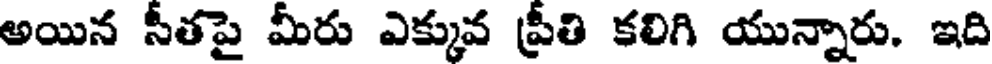
అయిన సీతపై మీరు ఎక్కువ ప్రీతి కలిగి యున్నారు. ఇది